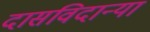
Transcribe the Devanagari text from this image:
दासविदान्या